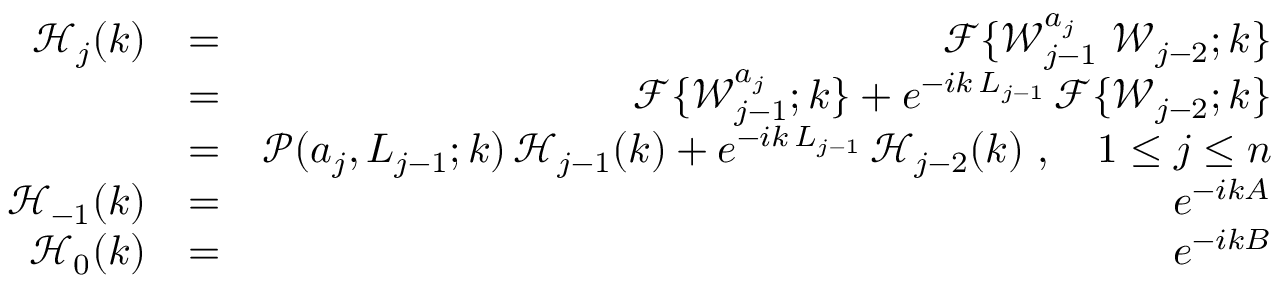
\begin{array} { r l r } { \mathcal { H } _ { j } ( k ) } & { = } & { \mathcal { F } \{ \mathcal { W } _ { j - 1 } ^ { a _ { j } } \ \mathcal { W } _ { j - 2 } ; k \} } \\ & { = } & { \mathcal { F } \{ \mathcal { W } _ { j - 1 } ^ { a _ { j } } ; k \} + e ^ { - i k \, L _ { j - 1 } } \, \mathcal { F } \{ \mathcal { W } _ { j - 2 } ; k \} } \\ & { = } & { \mathcal { P } ( a _ { j } , L _ { j - 1 } ; k ) \, \mathcal { H } _ { j - 1 } ( k ) + e ^ { - i k \, L _ { j - 1 } } \, \mathcal { H } _ { j - 2 } ( k ) \ , \quad 1 \leq j \leq n } \\ { \mathcal { H } _ { - 1 } ( k ) } & { = } & { e ^ { - i k A } } \\ { \mathcal { H } _ { 0 } ( k ) } & { = } & { e ^ { - i k B } } \end{array}